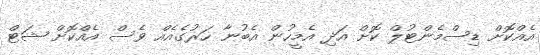
އެއްކޮށް ޑިސްމެންޓުލް ކޮށް އަދި އެމީހުން އެބުނާ ހަރުގެއެއް ވެސް އެއްކޮށް ޝަޓް